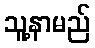
သူ့နာမည်